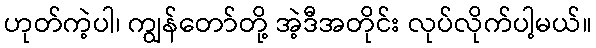
ဟုတ်ကဲ့ပါ၊ ကျွန်တော်တို့ အဲ့ဒီအတိုင်း လုပ်လိုက်ပါ့မယ်။